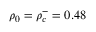
\rho _ { 0 } = \rho _ { c } ^ { - } = 0 . 4 8